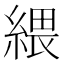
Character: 䋿